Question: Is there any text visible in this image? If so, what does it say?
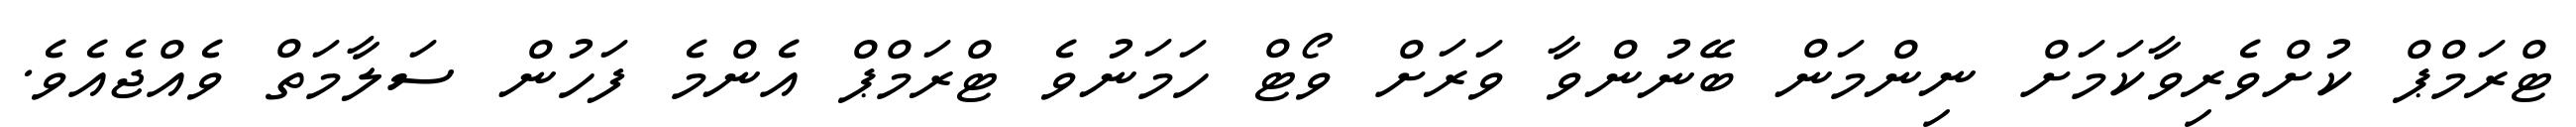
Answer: ޓްރަމްޕް ކުށްވެރިވާކަމަށް ނިންމަން ބޭނުންވާ ވަރަށް ވޯޓް ހަމަނުވެ ޓްރަމްޕް އެންމެ ފަހުން ސަލާމަތް ވެއްޖެއެވެ.